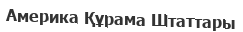
Америка Құрама Штаттары